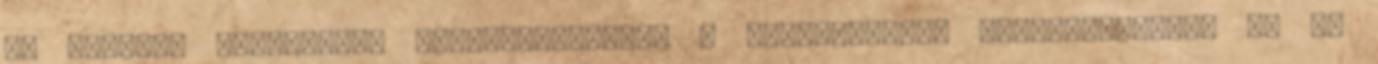
az államok egyenkénti eladósodásában, a közszolgálat korlátozásában és az